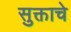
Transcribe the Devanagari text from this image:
सुक्ताचे